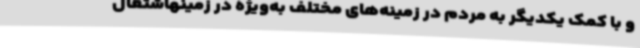
و با کمک یکدیگر به مردم در زمینه‌های مختلف به‌ویژه در زمینهاشتغال